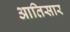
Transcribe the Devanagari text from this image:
आतिसार